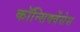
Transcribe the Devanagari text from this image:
कॉन्सिक्वेंसेस